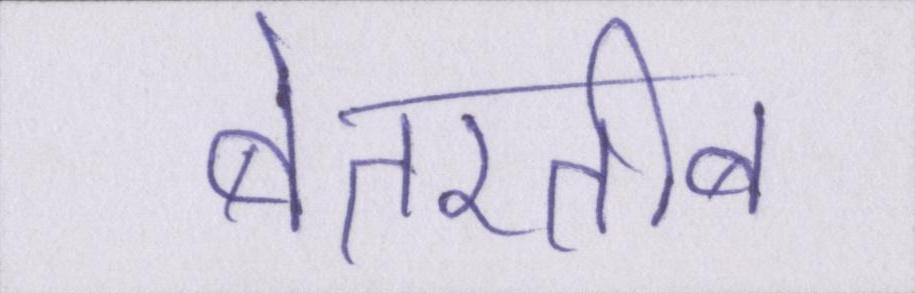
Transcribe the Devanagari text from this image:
बेतरतीब